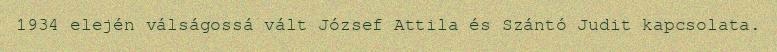
1934 elején válságossá vált József Attila és Szántó Judit kapcsolata.